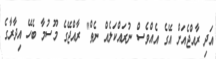
އަދި ރާއްޖެއަށް އޭގެ އެއްވެސް ނުރައްކަލެއް ނެތް" ރާއްޖޭގެ މޫސުމާ ބެހޭ އިދާރާގެ